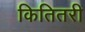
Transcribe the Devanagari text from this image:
कितितरी